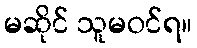
မဆိုင် သူမဝင်ရ။